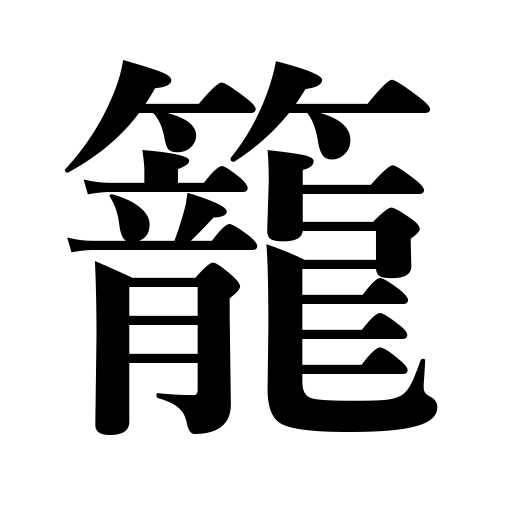
Meanings: be filled with smoke,be crowed,basket,be stuffy,be confined in,requiring a lot of work,seclude oneself,coop,cage,be implied